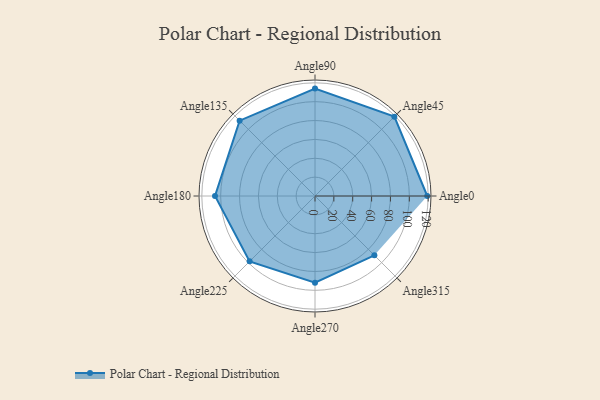
{"axis": {"x": "Angle", "y": "Radius"}, "legend": [""], "data": [{"x": "Angle0", "y": 119.0, "type": ""}, {"x": "Angle45", "y": 119.0, "type": ""}, {"x": "Angle90", "y": 114.0, "type": ""}, {"x": "Angle135", "y": 113.0, "type": ""}, {"x": "Angle180", "y": 106.0, "type": ""}, {"x": "Angle225", "y": 98.0, "type": ""}, {"x": "Angle270", "y": 92.0, "type": ""}, {"x": "Angle315", "y": 89.0, "type": ""}]}